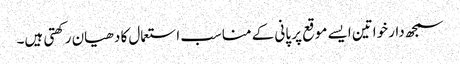
سمجھ دار خواتین ایسے موقع پر پانی کے مناسب استعمال کا دھیان رکھتی ہیں۔